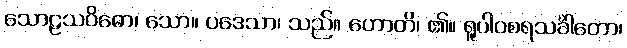
သောဠသဝိဓော၊ သော။ ပဒေသာ၊ သည်။ ဟောတိ၊ ၏။ ရူပါဝစရသင်္ခါတော၊